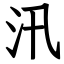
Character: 汛